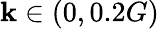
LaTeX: \mathbf{k}\in(0,0.2G)